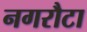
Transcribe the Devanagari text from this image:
नगरौटा